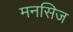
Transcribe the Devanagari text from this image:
मनसिज